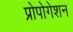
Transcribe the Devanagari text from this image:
प्रोपोगेशन